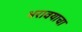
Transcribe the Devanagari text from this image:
भरावयाचा